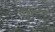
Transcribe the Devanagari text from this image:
थॉम्‍पसन